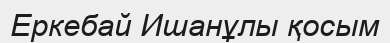
Еркебай Ишанұлы қосым